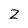
Character: 2